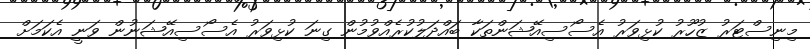
މިނިސްޓަރު ޒުހޫރު ކުޅިވަރު އެސޯސިއޭޝަންތަކާ ބައްދަލުކުރެއްވުމުން ގިނަ ކުޅިވަރު އެސޯސިއޭޝަނުން ވަނީ އެކަމަށް